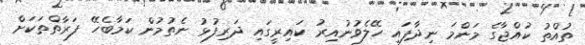
ތުއްތު ކުއްޖާގެ މަންމަ ނިދާފައި ހޭލެވުނުއިރު ކައިރީގައި ދަރިފުޅު ނެތުމުން ކަމާބެހޭ ފަރާތްތަކަށް